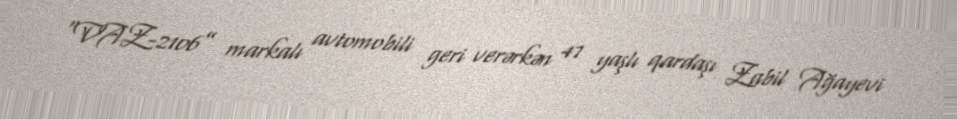
“VAZ-2106” markalı avtomobili geri verərkən 47 yaşlı qardaşı Zabil Ağayevi